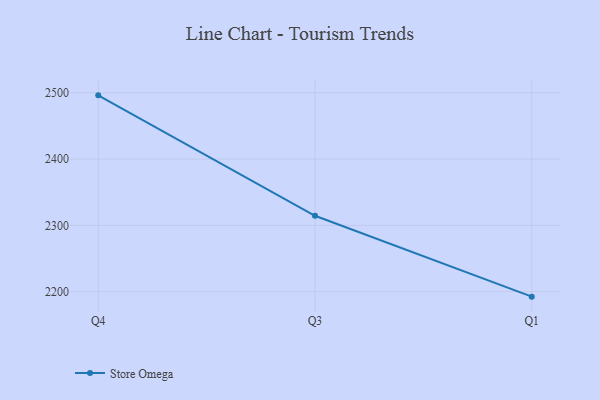
{"axis": {"x": "Quarter", "y": "Page Views"}, "legend": ["Store Omega"], "data": [{"x": "Q4", "y": 2496.1, "type": "Store Omega"}, {"x": "Q3", "y": 2314.5, "type": "Store Omega"}, {"x": "Q1", "y": 2192.6, "type": "Store Omega"}]}